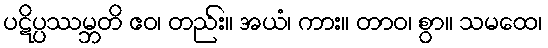
ပဋိပ္ပဿမ္ဘတိ ဧဝ၊ တည်း။ အယံ၊ ကား။ တာဝ၊ စွာ။ သမထေ၊